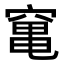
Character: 𥧄